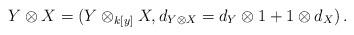
LaTeX: \begin{align*}Y \otimes X = ( Y \otimes_{k[y]} X, d_{Y \otimes X} = d_Y \otimes 1 + 1 \otimes d_X )\,.\end{align*}